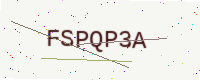
Text: FSPQP3A